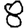
Digit: 8